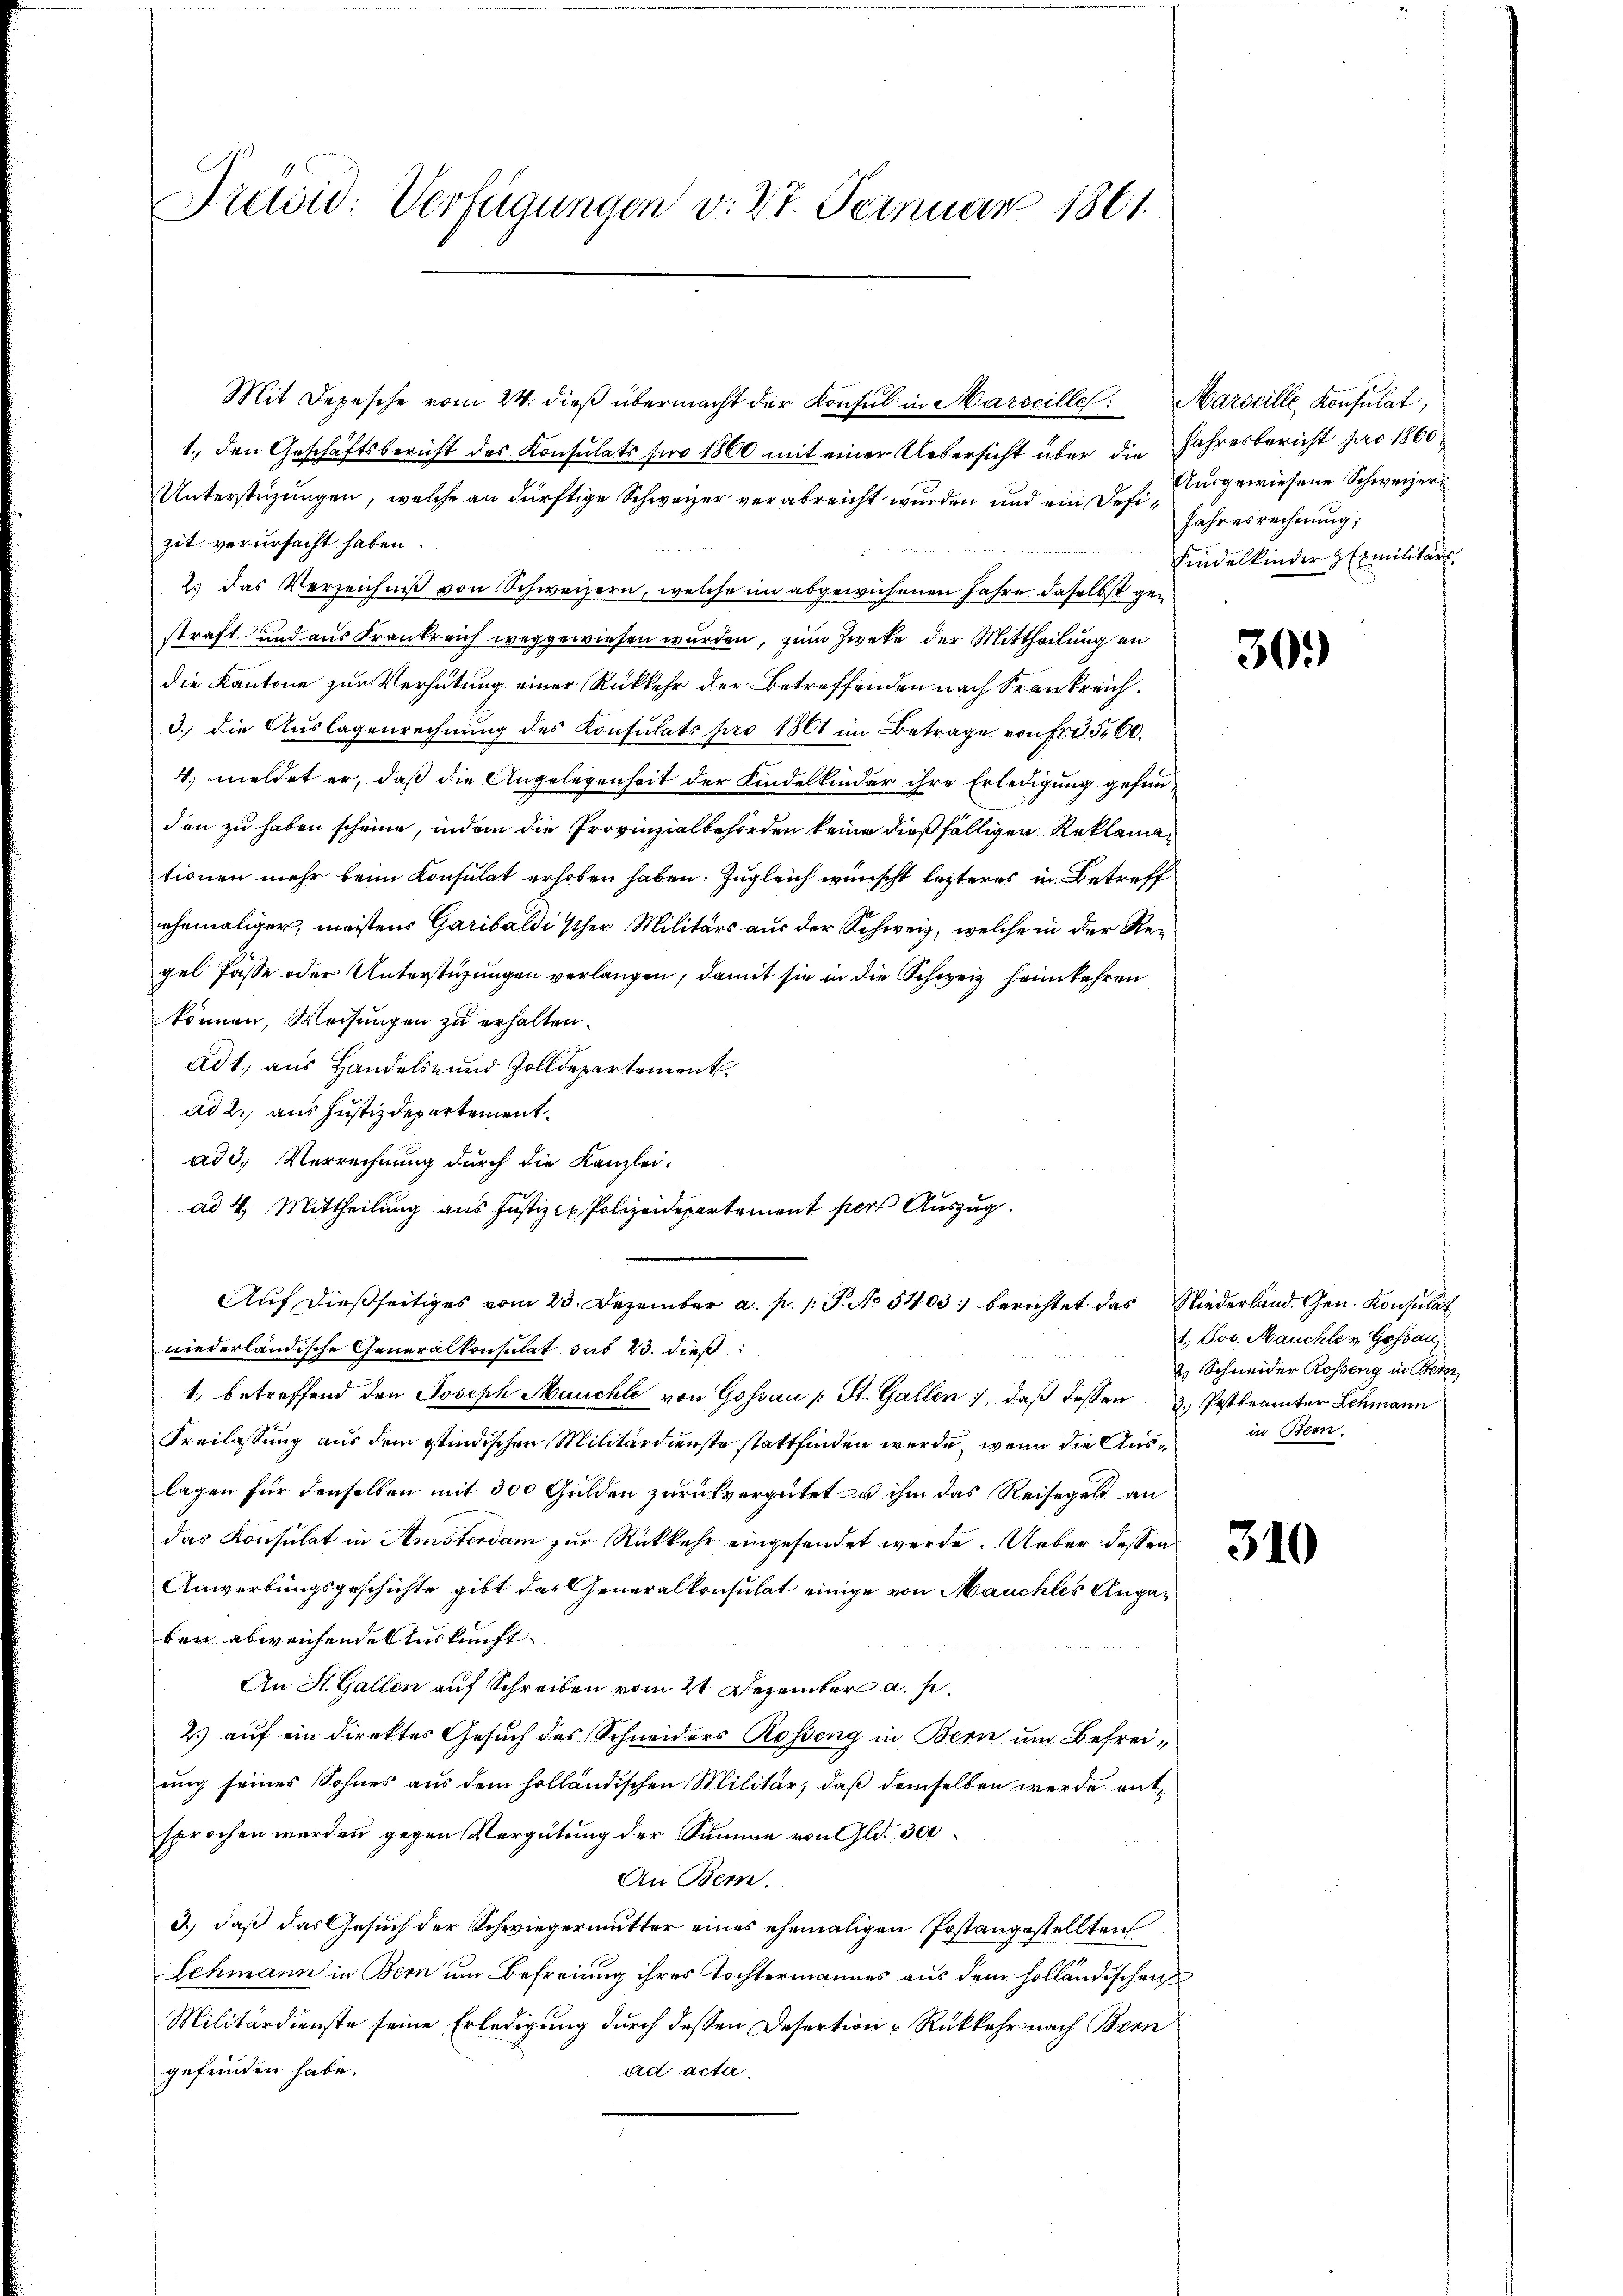
Präsid. Verfügungen v. 27. Fernuar 1861.

Mit Depesche vom 24. dieß übermacht der Konsul in Marseille. Marseille, Konsulat,
1., den Geschäftsbericht des Konsulats pro 1860 mit einer Uebersicht über die Jahresbericht pro 1860
Unterstüzungen, welche an dürftige Schweizer verabreicht wurden und ein Defizit verursacht haben.
2.) Das Verzeichniß von Schweizern, welche im abgewichenen Jahre daselbst gestraft und aus Krankreich weggewiesen wurden, zum Zweke der Mittheilung an
die Kantone zur Verhütung einer Rückkehr der Betreffenden nach Frankreich.
3.) die Aŭslagenrechnŭng des Konsulats pro 1861 im Betrage von Fr. 560.
4. meldet er, daß die Angelegenheit der Kindelkinder ihre Erledigung gefunden zu haben scheine, indem die Provinzialbehörden keine dießfälligen Reklamationen mehr beim Konsulat erhoben haben. Zugleich wünscht letzteres in Betreff
ehemaliger, meistens Garibaldischer Militärs aus der Schweiz, welche in der Regel fasse oder Unterstüzungen verlangen, damit sie in die Schweiz heimkehren
können, Weisungen zu erhalten.
ad 1., aus Handels- und Zolldepartement
ad 2., aus Justizdepartement.
ad 3. Verrechnung durch die Kanzlei-
ad 4. Mittheilung aus Justiz- Polizeidepartement pert Auszug.
Auf dießseitiges vom 23. Dezember a. p. 1. P. No 5403. berichtet das Niederland. Gen. Konsulat
niederländische Generalkonsulat das 23. dieß
1. betreffend den Joseph Mauchte von Gossau : St. Gallen, daβ dessen 3. Postbeamter Schmann
Freilassung aus dem Stindischen Militärdienste stattfinden werde, wenn die Aus in Been
lagen für denselben mit 300 Gulden zurückvergütet u ihm das Reisegelt an
das Konsulat in Amsterdam zur Rückkehr eingesendet werde. Ueber dessen
Anwerbungsgeschichte gibt das Generalkonsulat einige von Mauchles Angaben abweichende Auskunft.
uhle e

An St. Gallen auf Schreiben vom 21. Dezember a. p.
2.) auf ein direktes Gesuch des Schneiders Rosseng in Bern um Befreiung seines Sohnes aus dem holländischen Militär, daß demselben werde entsprochen werden gegen Vergütung der Summe von Gld. 300
An Bern.
3.) daß das Gesuch der Schwiegermutter eines ehemaligen Postangestellten
Schmann in Bern um Befreiung ihres Tochtermannes aus dem holländischen
Militärdienste seine Erledigung durch dessen Desertion Rückkehr nach Bern
ad acta.
gefunden habe.

Ausgewiesene Schweizer
Jahresrechnung;
Kindelkinder Ermilitärs.

30.

1. Jos. Mauchte v. Gossau,
2 Schneider Rosseng in Bern

310